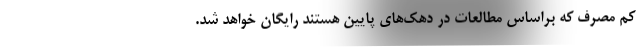
کم مصرف که براساس مطالعات در دهک‌های پایین هستند رایگان خواهد شد.